Report on the bubonic plague in Bombay, 1896-1897
Year: 1896
Disease focus: Plague
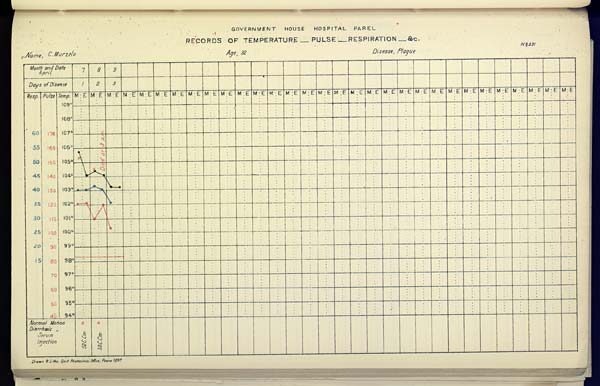
GOVERNMENT HOUSE HOSPITAL PAREL
RECORDS OF TEMPERATURE __ PULSE __ RESPIRATION __ &c.
No. 331
Name,
C.
Murzelo
Age,
32
Disease,
Plague
Drawn & Litho Govt. Photozinco, Office, Poona 1897.